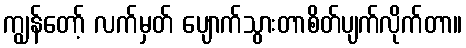
ကျွန်တော့် လက်မှတ် ပျောက်သွားတာစိတ်ပျက်လိုက်တာ။